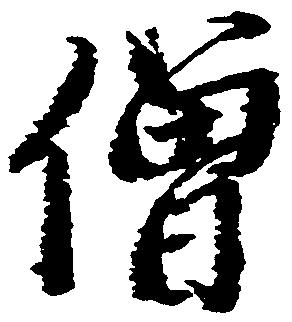
僧